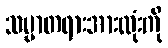
သမ္မာတရားအားလုံးကို